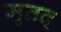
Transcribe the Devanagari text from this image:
मृतत्